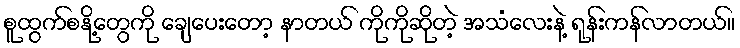
စူထွက်စနို့တွေကို ချေပေးတော့ နာတယ် ကိုကိုဆိုတဲ့ အသံလေးနဲ့ ရုန်းကန်လာတယ်။